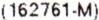
(162761-M)